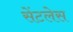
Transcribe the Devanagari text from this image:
सेंटलेस